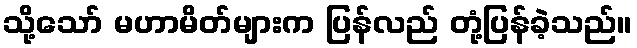
သို့သော် မဟာမိတ်များက ပြန်လည် တုံ့ပြန်ခဲ့သည်။